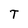
Character: T